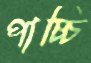
পাচ্চি